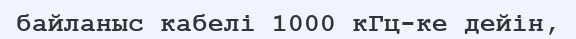
байланыс кабелі 1000 кГц-ке дейін,